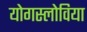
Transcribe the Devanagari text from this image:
योगस्लोविया